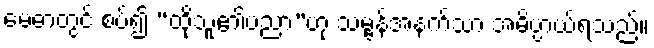
မေဓာတွင် စပ်၍ “ထိုသူ၏ပညာ”ဟု သမ္ဗန်အနက်သာ အဓိပ္ပာယ်ရသည်။